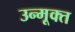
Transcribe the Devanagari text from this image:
उन्मूक्त